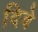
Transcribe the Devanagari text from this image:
दिबे